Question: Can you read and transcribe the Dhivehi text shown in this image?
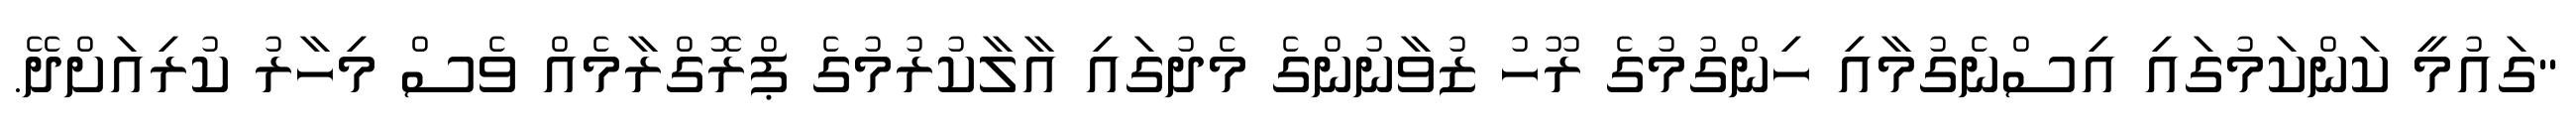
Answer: "ގައުމީ ކަންކަމުގައި އިސްނެގުމާއި ހިންގުމުގެ ރޫހު ޒުވާނުންގެ މެދުގައި އާލާކުރުމުގެ ޕްރޮގްރާމެއް ވެސް މިހާރު ކުރިއަށްދޭ.